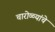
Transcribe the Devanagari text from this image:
चारोळ्यांचे